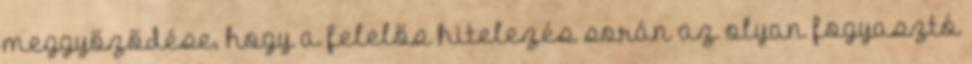
meggyőződése, hogy a felelős hitelezés során az olyan fogyasztó